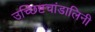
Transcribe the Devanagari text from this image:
उच्छिष्टचांडालिनी